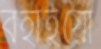
বহাইয়ো